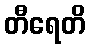
တီရေတိ